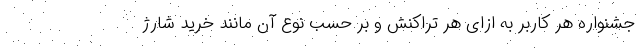
جشنواره هر کاربر به ازای هر تراکنش و بر حسب نوع آن مانند خرید شارژ